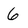
Character: 6